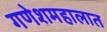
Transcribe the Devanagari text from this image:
गणेशमहालात